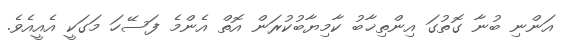
އަންނި ބުނާ ގޮތުގަ އިންތިޚާބު ކާމިޔާބުކުރަން އޮތް އެންމެ ފަސޭހަ މަގަކީ އެއީއެވެ.